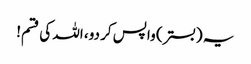
یہ (بستر) واپس کر دو، اللہ کی قسم!